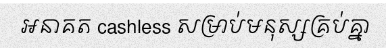
អនាគត cashless សម្រាប់មនុស្សគ្រប់គ្នា